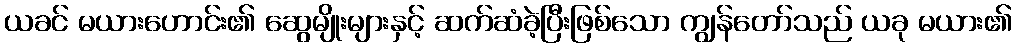
ယခင် မယားဟောင်း၏ ဆွေမျိုးများနှင့် ဆက်ဆံခဲ့ပြီးဖြစ်သော ကျွန်တော်သည် ယခု မယား၏